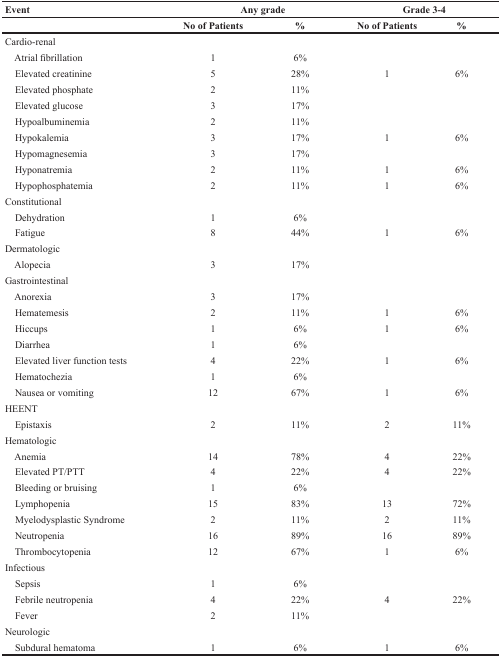
<table><thead><tr><td><b>Event</b></td><td colspan="2"><b>Any grade</b></td><td colspan="2"><b>Grade 3-4</b></td></tr><tr><td></td><td><b>No of Patients</b></td><td><b>%</b></td><td><b>No of Patients</b></td><td><b>%</b></td></tr></thead><tbody><tr><td>Cardio-renal</td><td></td><td></td><td></td><td></td></tr><tr><td> Atrial fibrillation</td><td>1</td><td>6%</td><td></td><td></td></tr><tr><td> Elevated creatinine</td><td>5</td><td>28%</td><td>1</td><td>6%</td></tr><tr><td> Elevated phosphate</td><td>2</td><td>11%</td><td></td><td></td></tr><tr><td> Elevated glucose</td><td>3</td><td>17%</td><td></td><td></td></tr><tr><td> Hypoalbuminemia</td><td>2</td><td>11%</td><td></td><td></td></tr><tr><td> Hypokalemia</td><td>3</td><td>17%</td><td>1</td><td>6%</td></tr><tr><td> Hypomagnesemia</td><td>3</td><td>17%</td><td></td><td></td></tr><tr><td> Hyponatremia</td><td>2</td><td>11%</td><td>1</td><td>6%</td></tr><tr><td> Hypophosphatemia</td><td>2</td><td>11%</td><td>1</td><td>6%</td></tr><tr><td>Constitutional</td><td></td><td></td><td></td><td></td></tr><tr><td> Dehydration</td><td>1</td><td>6%</td><td></td><td></td></tr><tr><td> Fatigue</td><td>8</td><td>44%</td><td>1</td><td>6%</td></tr><tr><td>Dermatologic</td><td></td><td></td><td></td><td></td></tr><tr><td> Alopecia</td><td>3</td><td>17%</td><td></td><td></td></tr><tr><td>Gastrointestinal</td><td></td><td></td><td></td><td></td></tr><tr><td> Anorexia</td><td>3</td><td>17%</td><td></td><td></td></tr><tr><td> Hematemesis</td><td>2</td><td>11%</td><td>1</td><td>6%</td></tr><tr><td> Hiccups</td><td>1</td><td>6%</td><td>1</td><td>6%</td></tr><tr><td> Diarrhea</td><td>1</td><td>6%</td><td></td><td></td></tr><tr><td> Elevated liver function tests</td><td>4</td><td>22%</td><td>1</td><td>6%</td></tr><tr><td> Hematochezia</td><td>1</td><td>6%</td><td></td><td></td></tr><tr><td> Nausea or vomiting</td><td>12</td><td>67%</td><td>1</td><td>6%</td></tr><tr><td>HEENT</td><td></td><td></td><td></td><td></td></tr><tr><td> Epistaxis</td><td>2</td><td>11%</td><td>2</td><td>11%</td></tr><tr><td>Hematologic</td><td></td><td></td><td></td><td></td></tr><tr><td> Anemia</td><td>14</td><td>78%</td><td>4</td><td>22%</td></tr><tr><td> Elevated PT/PTT</td><td>4</td><td>22%</td><td>4</td><td>22%</td></tr><tr><td> Bleeding or bruising</td><td>1</td><td>6%</td><td></td><td></td></tr><tr><td> Lymphopenia</td><td>15</td><td>83%</td><td>13</td><td>72%</td></tr><tr><td> Myelodysplastic Syndrome</td><td>2</td><td>11%</td><td>2</td><td>11%</td></tr><tr><td> Neutropenia</td><td>16</td><td>89%</td><td>16</td><td>89%</td></tr><tr><td> Thrombocytopenia</td><td>12</td><td>67%</td><td>1</td><td>6%</td></tr><tr><td>Infectious</td><td></td><td></td><td></td><td></td></tr><tr><td> Sepsis</td><td>1</td><td>6%</td><td></td><td></td></tr><tr><td> Febrile neutropenia</td><td>4</td><td>22%</td><td>4</td><td>22%</td></tr><tr><td> Fever</td><td>2</td><td>11%</td><td></td><td></td></tr><tr><td>Neurologic</td><td></td><td></td><td></td><td></td></tr><tr><td> Subdural hematoma</td><td>1</td><td>6%</td><td>1</td><td>6%</td></tr></tbody></table>